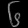
Digit: ၆